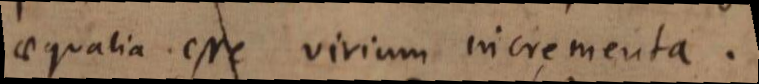
aequalia esse virium incrementa.